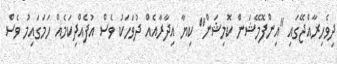
ދިވެހިރާއްޖޭގައި "އިންފޮމޭޝަން ކޮމިޝަން" ކިޔާ އިދާރާއެއް ދުވަހަކު ވެސް އުފެއްދިކަމެއް ހަމަގައިމު ވެސް